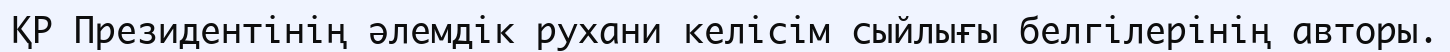
ҚР Президентінің әлемдік рухани келісім сыйлығы белгілерінің авторы.